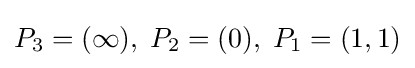
P_{3}=(\infty ),\;P_{2}=(0),\;P_{1}=(1,1)